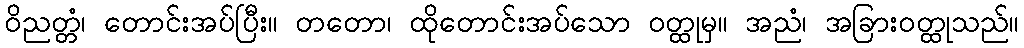
ဝိညတ္တံ၊ တောင်းအပ်ပြီး။ တတော၊ ထိုတောင်းအပ်သော ဝတ္ထုမှ။ အညံ၊ အခြားဝတ္ထုသည်။